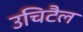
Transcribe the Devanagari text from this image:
उचिटैल